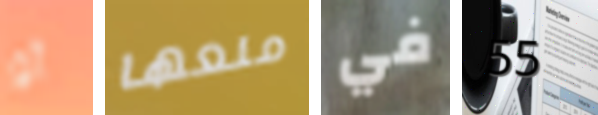
أو منعها في 55